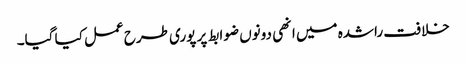
خلافت راشدہ میں انھی دونوں ضوابط پر پوری طرح عمل کیا گیا۔